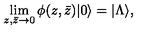
\lim _ { z , \bar { z } \rightarrow 0 } \phi ( z , \bar { z } ) | 0 \rangle = | \Lambda \rangle ,